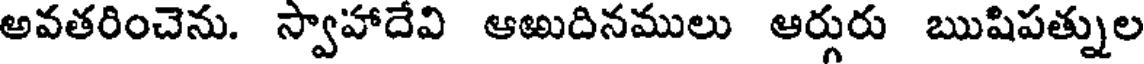
అవతరించెను. స్వాహాదేవి ఆఱుదినములు ఆర్గురు ఋషిపత్నుల